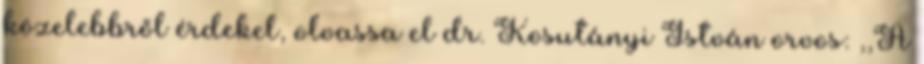
közelebbről érdekel, olvassa el dr. Kosutányi István orvos: ,,A